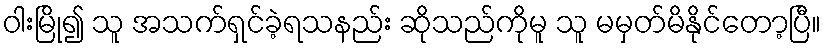
ဝါးမြို၍ သူ အသက်ရှင်ခဲ့ရသနည်း ဆိုသည်ကိုမူ သူ မမှတ်မိနိုင်တော့ပြီ။